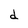
Character: d